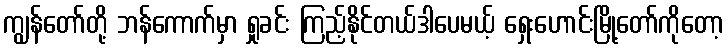
ကျွန်တော်တို့ ဘန်ကောက်မှာ ရှုခင်း ကြည့်နိုင်တယ်ဒါပေမယ့် ရှေးဟောင်းမြို့တော်ကိုတော့